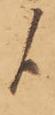
候